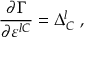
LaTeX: \frac { \partial \Gamma } { \partial \varepsilon ^ { l C } } = \Delta _ { C } ^ { l } \; ,